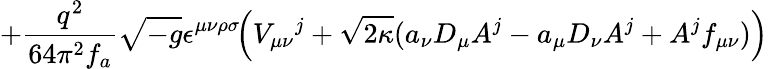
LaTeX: +\frac{q^{2}}{64\pi^{2}f_{a}}\sqrt{-g}\epsilon^{\mu\nu\rho\sigma}\! \Big(V_{\mu\nu}{}^{j}+\sqrt{2\kappa}(a_{\nu}D_{\mu}A^{j}-a_{\mu}D_{\nu}A^{j}+A^{j}f_{\mu\nu})\Big)